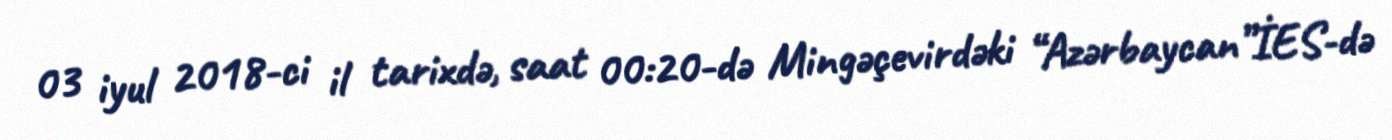
03 iyul 2018-ci il tarixdə, saat 00:20-də Mingəçevirdəki “Azərbaycan”İES-də